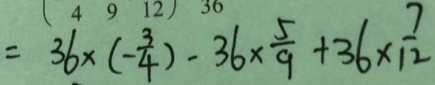
= 3 6 \times ( - \frac { 3 } { 4 } ) - 3 6 \times \frac { 5 } { 9 } + 3 6 \times \frac { 7 } { 1 2 }